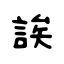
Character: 誒